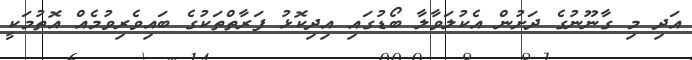
އަދި މި ގާނޫނުގެ ދަށުން އެކުލަވާލާ ބޯޑުގައި އިދިކޮޅު ފަރާތްތަކުގެ ބައިވެރިވުމެއް އޮތުމަކީ